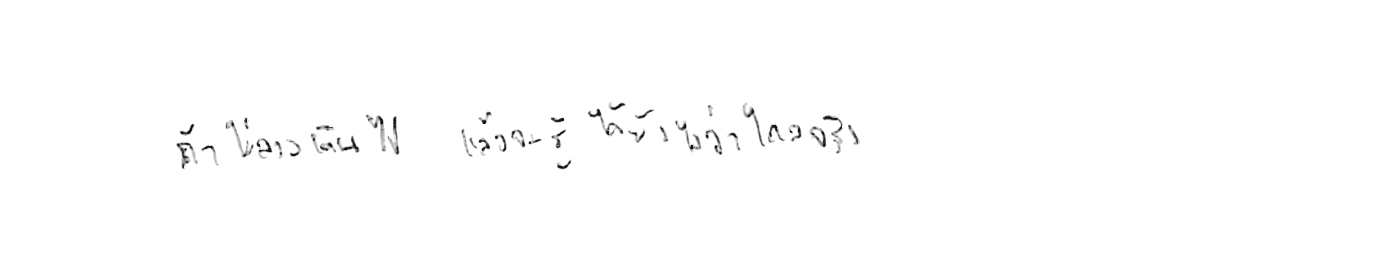
ถ้าไม่ลองเดินไป แล้วจะรู้ได้ยังไงว่าไกลจริง